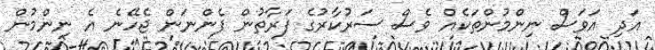
އަދި އަވަސް ނިންމުންތަކެއް ވެސް ސަރުކާރުގެ ފަރާތުން ފެންނަން ޖެހޭނެ އެ ނިންމުން